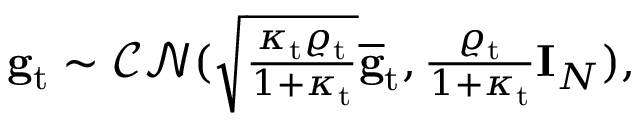
\begin{array} { r } { \mathbf { g } _ { \mathrm { t } } \sim \mathcal { C N } ( \sqrt { \frac { \kappa _ { \mathrm { t } } \varrho _ { \mathrm { t } } } { 1 + \kappa _ { \mathrm { t } } } } \overline { { \mathbf { g } } } _ { \mathrm { t } } , \frac { \varrho _ { \mathrm { t } } } { 1 + \kappa _ { \mathrm { t } } } \mathbf { I } _ { N } ) , } \end{array}